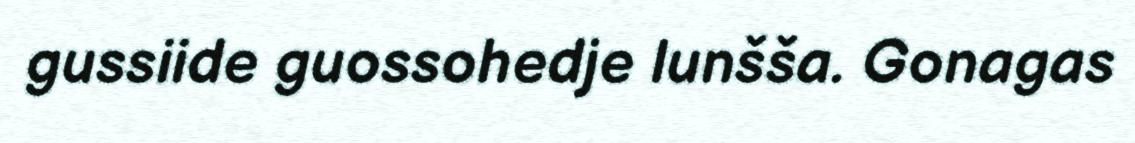
gussiide guossohedje lunšša. Gonagas